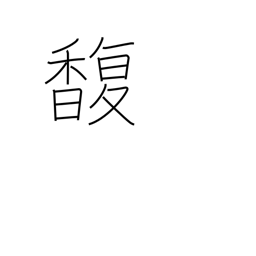
Meaning: perfume